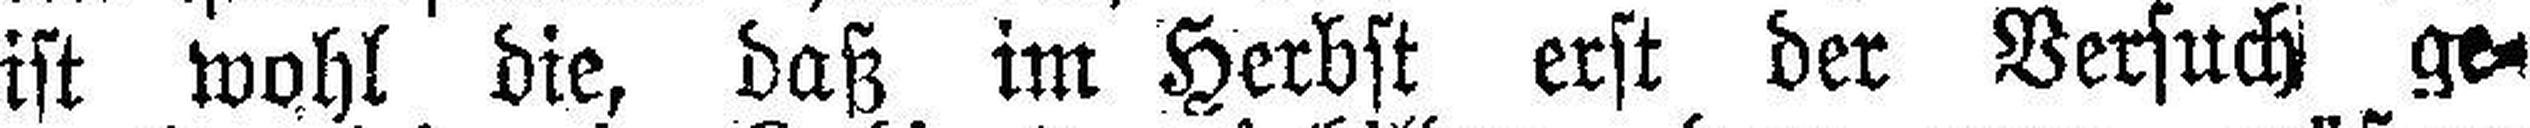
ist wohl die, daß im Herbst erst der Versuch ge¬